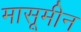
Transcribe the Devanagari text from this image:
मासूमीन